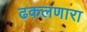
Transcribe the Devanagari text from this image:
ढकलणारा